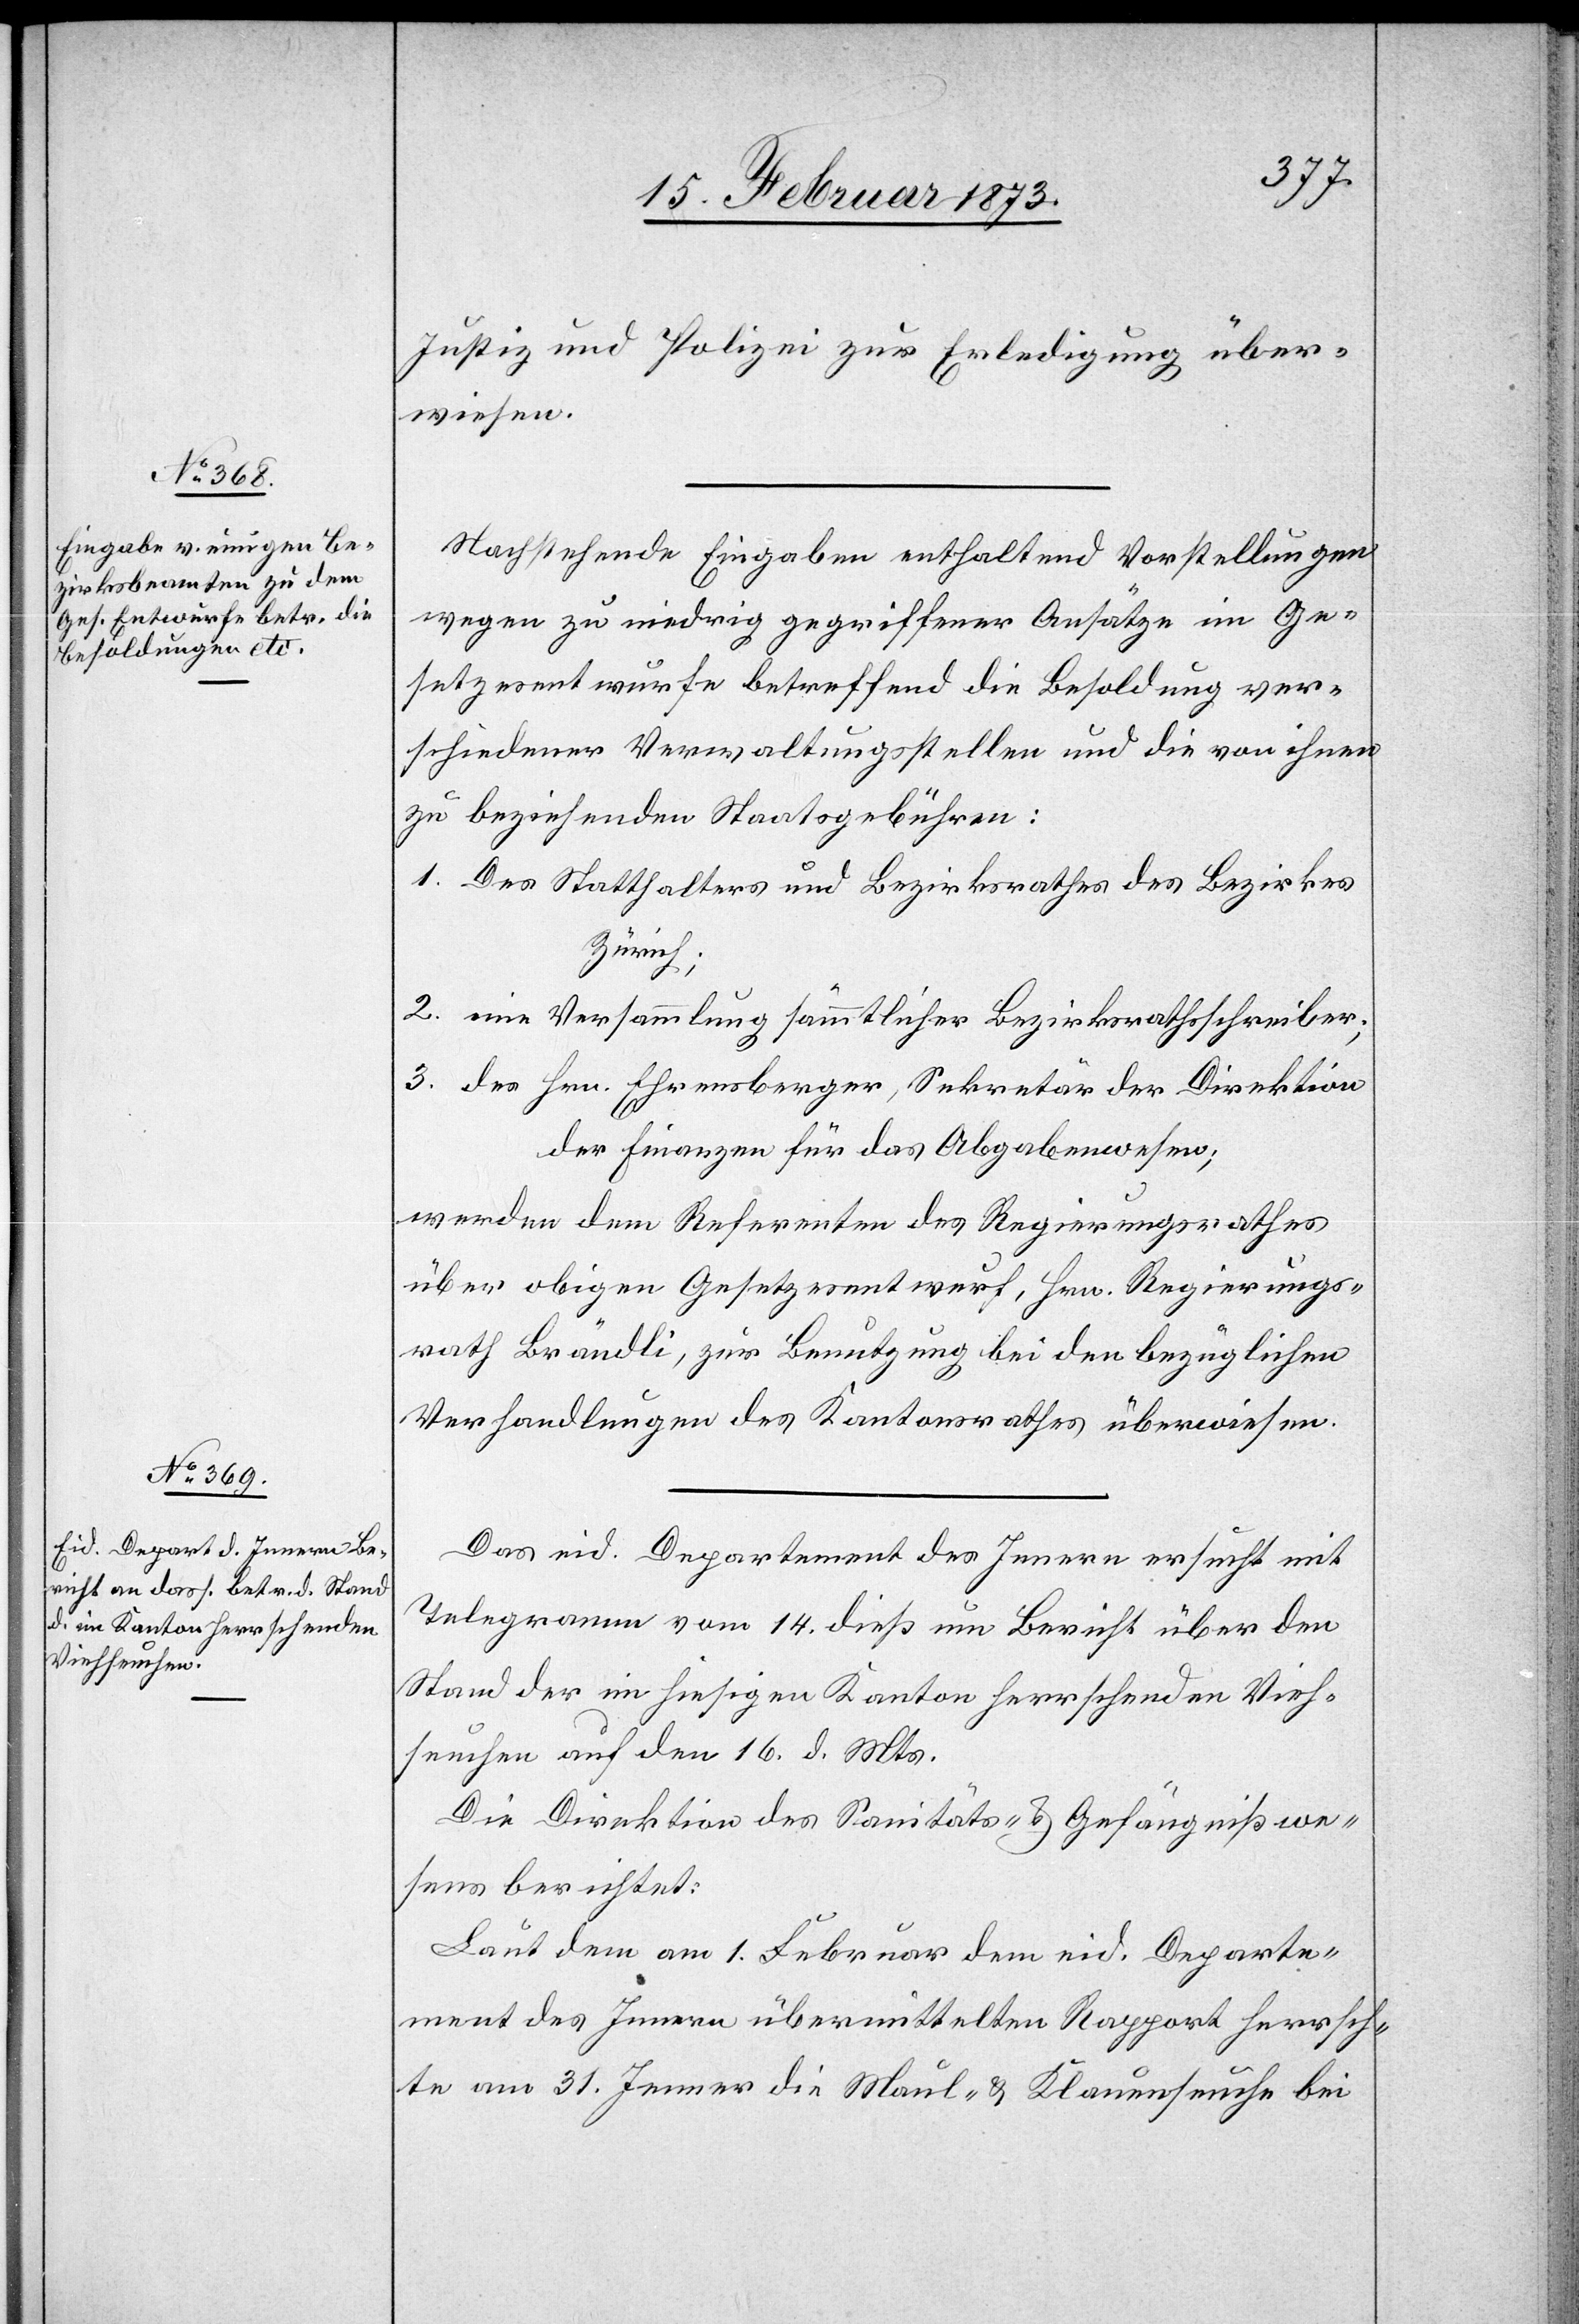
Justiz und Polizei zur Erledigung über¬
wiesen.
Nachstehende Eingaben enthaltend Vorstellungen
wegen zu niedrig gegriffener Ansätze im Ge¬
setzesentwurfe betreffend die Besoldung ver¬
schiedener Verwaltungsstellen und die von ihnen
zu bezeichnenden Staatsgebühren:
1. Des Statthalters und Bezirksrathes des Bezirkes
Zürich;
2. eine Versammlung sämmtlicher Bezirksrathsschreiber;
3. des Hrn. Ehrensberger, Sekretär der Direktion
der Finanzen für das Abgabenwesen;
werden dem Referenten des Regierungsrathes
über obigen Gesetzesentwurf, Hrn. Regierungs¬
rath Brändli, zur Benutzung bei den bezüglichen
Verhandlungen des Kantonsrathes überwiesen.
Das eid. Departement des Innern ersucht mit
Telegramm vom 14. dieß um Bericht über den
Stand der im hiesigen Kanton herrschenden Vieh¬
seuchen auf den 16. d. Mts.
Die Direktion des Sanitäts- u. Gefängnißwe¬
sens berichtet:
Laut dem am 1. Februar dem eid. Departe¬
ment des Innern übermittelten Rapport herrsch¬
te am 31. Jenner die Maul- u. Klauenseuche bei